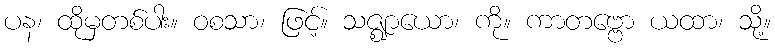
ပန၊ ထိုမှတစ်ပါး။ ဝစသာ၊ ဖြင့်။ သဇ္ဈာယော၊ ကို။ ကာတဗ္ဗော ယထာ၊ သို့။